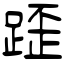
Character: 𨂿